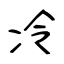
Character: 冷